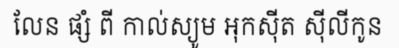
លែន ផ្សំ ពី កាល់ស្យូម អុកស៊ីត ស៊ីលីកូន